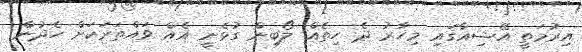
އިރުމަތީ އޭޝިއާގައި މިހާރު ދެ ހިތެއް ލޯބިން ގުޅެނީ އެއް ވައްތަރަކަށް ހެދުން